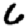
Digit: 6